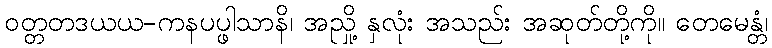
ဝတ္တတဒယယ-ကနပပ္ဖါသာနိ၊ အညှို့ နှလုံး အသည်း အဆုတ်တို့ကို။ တေမေန္တံ၊